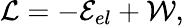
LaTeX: \mathcal{L}=-\mathcal{E}_{el}+\mathcal{W},